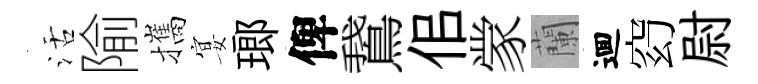
活隃攜宴瑯俾鵞佀䝉蘭逥𥥆尉